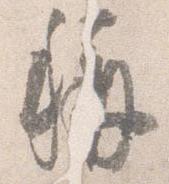
称